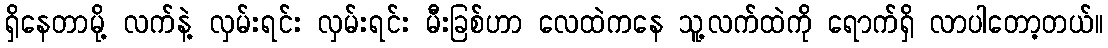
ရှိနေတာမို့ လက်နဲ့ လှမ်းရင်း လှမ်းရင်း မီးခြစ်ဟာ လေထဲကနေ သူ့လက်ထဲကို ရောက်ရှိ လာပါတော့တယ်။